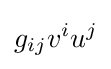
g_{ij}v^{i}u^{j}